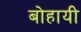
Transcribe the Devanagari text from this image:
बोहायी